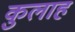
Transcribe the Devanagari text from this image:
कुलाह